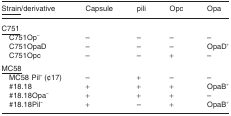
<table><thead><tr><td><b><underline>Strain</underline>/derivative</b></td><td><b>Capsule</b></td><td><b>pili</b></td><td><b>Opc</b></td><td><b>Opa</b></td></tr></thead><tbody><tr><td colspan="5"><underline>C751</underline></td></tr><tr><td>C751Op<sup>–</sup></td><td>–</td><td>–</td><td>–</td><td>–</td></tr><tr><td>C751OpaD</td><td>–</td><td>–</td><td>–</td><td>OpaD<sup>+</sup></td></tr><tr><td>C751Opc</td><td>–</td><td>–</td><td>+</td><td>–</td></tr><tr><td colspan="5"><underline>MC58</underline></td></tr><tr><td>MC58 Pil<sup>+</sup> (¢17)</td><td>–</td><td>+</td><td>–</td><td>–</td></tr><tr><td>#18.18</td><td>+</td><td>+</td><td>+</td><td>OpaB<sup>+</sup></td></tr><tr><td>#18.18Opa<sup>–</sup></td><td>+</td><td>+</td><td>+</td><td>–</td></tr><tr><td>#18.18Pil<sup>–</sup></td><td>+</td><td>–</td><td>+</td><td>OpaB<sup>+</sup></td></tr></tbody></table>